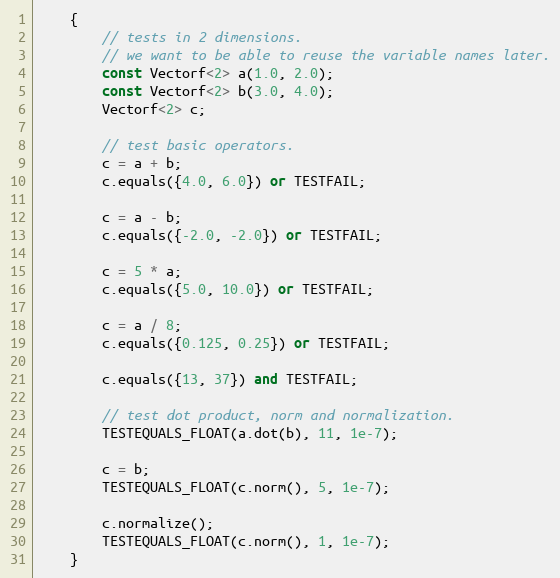
Language: C++
	{
		// tests in 2 dimensions.
		// we want to be able to reuse the variable names later.
		const Vectorf<2> a(1.0, 2.0);
		const Vectorf<2> b(3.0, 4.0);
		Vectorf<2> c;

		// test basic operators.
		c = a + b;
		c.equals({4.0, 6.0}) or TESTFAIL;

		c = a - b;
		c.equals({-2.0, -2.0}) or TESTFAIL;

		c = 5 * a;
		c.equals({5.0, 10.0}) or TESTFAIL;

		c = a / 8;
		c.equals({0.125, 0.25}) or TESTFAIL;

		c.equals({13, 37}) and TESTFAIL;

		// test dot product, norm and normalization.
		TESTEQUALS_FLOAT(a.dot(b), 11, 1e-7);

		c = b;
		TESTEQUALS_FLOAT(c.norm(), 5, 1e-7);

		c.normalize();
		TESTEQUALS_FLOAT(c.norm(), 1, 1e-7);
	}